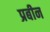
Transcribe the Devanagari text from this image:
प्रबीन